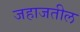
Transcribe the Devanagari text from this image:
जहाजतील